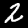
Label: 2